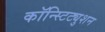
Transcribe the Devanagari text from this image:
कॉन्स्टिट्युशन